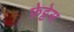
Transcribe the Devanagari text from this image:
फ़ेट्टेस